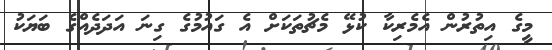
މީގެ އިތުރުން އެމެރިކާ ކުޅޭ މެޗުތަކަށް އެ ގައުމުގެ ގިނަ އަދަދެއްގެ ބަޔަކު